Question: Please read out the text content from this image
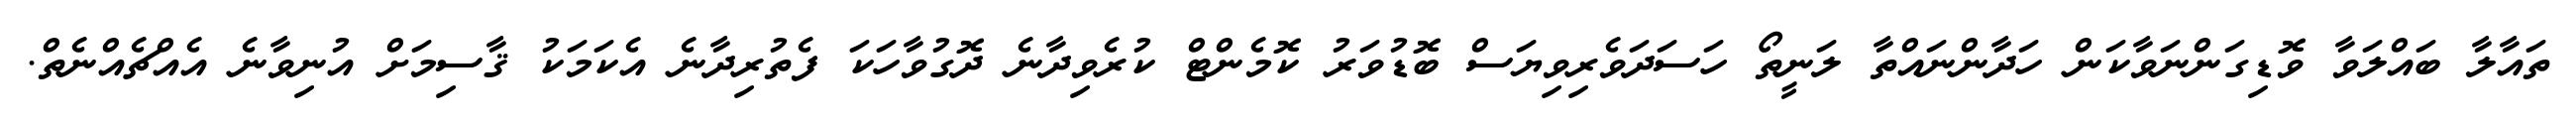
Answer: ތައާލާ ބައްލަވާ ވޮޑިގަންނަވާކަން ހަދާންނައްތާ ލަނީތޯ ހަސަދަވެރިވިޔަސް ބޮޑުވަރު ކޮމެންޓް ކުރެވިދާނެ ދޮގުވާހަކަ ފެތުރިދާނެ އެކަމަކު ޤާސިމަށް އުނިވާނެ އެއްޗެއްނެތް.